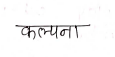
मजकूर: कल्पना